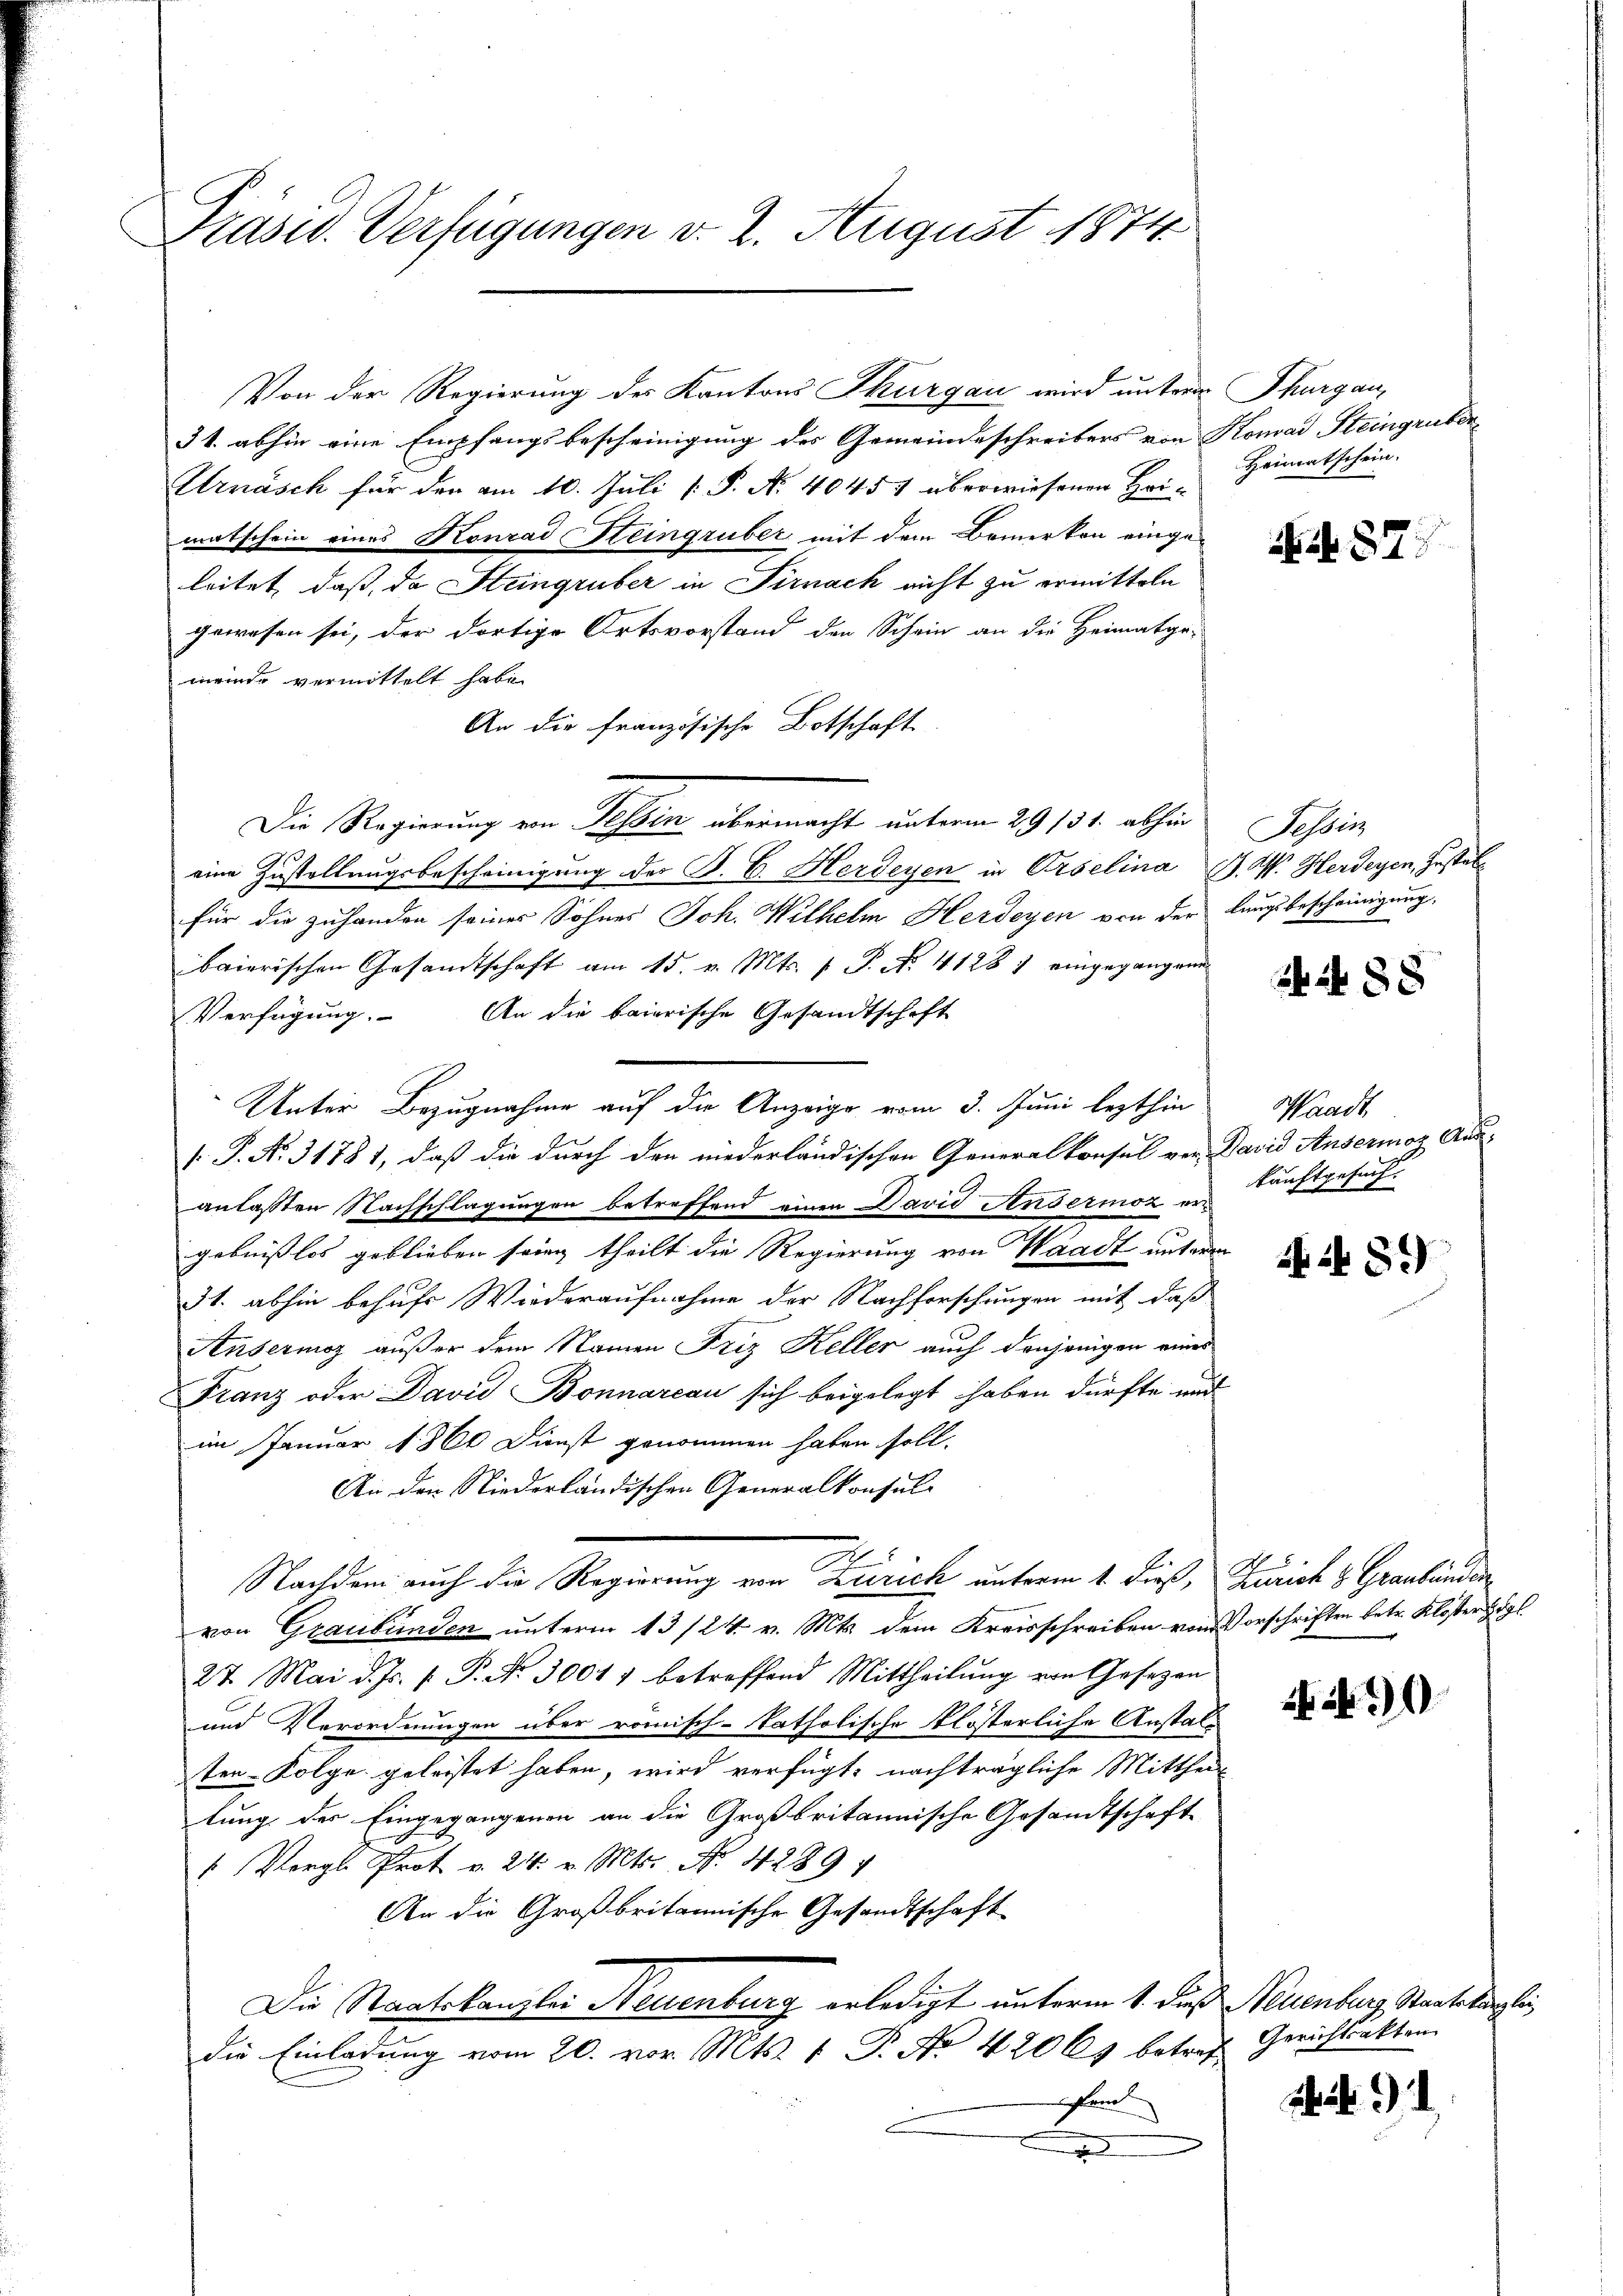
Präsid. Verfügungen v. 2. August 1874.

Von der Regierung des Kantons Thurgau wird untern Thurgau,

31. abhin eine Empfangsbescheinigung des Gemeindeschreibers von Konrad Steingruber-
Strnasch für den am 10. Juli [ P. N. 40454 überwiesenen Hei-
matschein eines Konrad Steingruber mit dem Bemerken eingeleitet, daß, da Steingruber in Firnach nicht zu ermitteln
gewesen sei, der dortige Ortsvorstand den Schein an die Heimatge-
meinde vermittelt habe.
An die französische Botschaft
Die Regierung von Tessin übermacht unterm 29. 131. abhin
eine Zustellungsbescheinigung der B. C. Herdeyen in Erselina Z. W. Herdeyen, Gestat
für die zuhanden seiner Sohnes Joh. Wilhelm Herdeyen von der langsbescheinigung,
baierischen Gesandtschaft am 15. v. Mts. 1 P. Nr. 4128 1 eingegangen
Verfügung. An die baierische Gesandtschaft
Unter Bezugnahme auf die Anzeige vom 3. Juni lezthin
. P. Nr. 31781, daß die durch den niederländischen Generalkonsul von David Ansermoz Aus-
anlaßten Nachschlagungen betreffend einen David Andermoz er
gebnißlos geblieben sein theilt die Regierung von Waadt unterm
3t. abhin behufs Wiederaufnahme der Nachforschungen mit daß
Ansermoz außer dem Namen Friz Keller auch denjenigen eines
Franz oder David Bonnareau sich beigelegt haben dürfte und
im Januar 1860 Dienst genommen haben soll.
An den Niederländischen Generalkonsul-
Nachdem auch die Regierung von Zürich unterm 1. dieß, Jurist v. Graubünde
von Graubünden unterm 13/24. v. Mts. dem Kreisschreiben von Vorschriften betr. Kloster Zögl
27 Mai d. Js. s. P. Nr. 30017 betreffend Mittheilŭng von Gesezen
und Verordnungen über römisch-katholische klösterliche Anstalten-Kolge geleistet haben, wird verfügt, nachträgliche Mittheil
lung der Eingegangenen an die Großbritannische Gesandtschaft
 Vergl. Prot v. 24. v. Mts. No. 4289 1
An die Großbritannische Gesandtschaft
Die Staatskanzlei Neuenburg erledigt unterm 1. dieß Neuenburg, Staatslängli
die Einladŭng vom 20. vor. Mts. 1 P. No 42063 betref¬
Pand
F

Heimatschein.
N 57

Tessin

8x

Waadt
kunftgesuch.

+ 89

90

Gerichtsakten